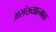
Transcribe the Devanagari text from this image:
असंख्यात्मक